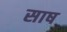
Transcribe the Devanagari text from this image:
साष